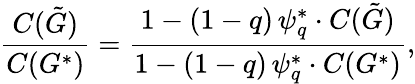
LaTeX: \frac{C(\tilde{G})}{C(G^{*})}=\frac{1-(1-q)\, \psi_{q}^{*}\cdot C(\tilde{G})}{1-(1-q)\, \psi_{q}^{*}\cdot C(G^{*})},